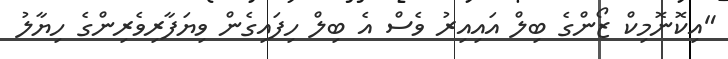
"އިކޮނޮމިކް ޒޯންގެ ބިލް އައިއިރު ވެސް އެ ބިލް ހިފައިގެން ވިޔަފާރިވެރިންގެ ހިޔާލު